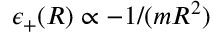
\epsilon _ { + } ( R ) \propto - 1 / ( m R ^ { 2 } )